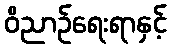
ဝိညာဉ်ရေးရာနှင့်